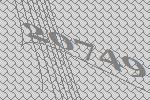
20749